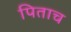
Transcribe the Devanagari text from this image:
पिताच